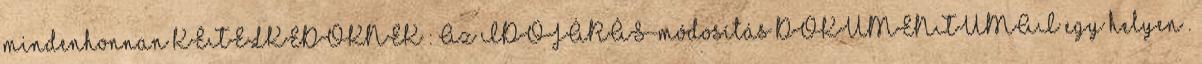
mindenhonnan KÉTELKEDŐKNEK : Az IDŐJÁRÁS-módosítás DOKUMENTUMAI egy helyen .